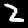
Digit: 2